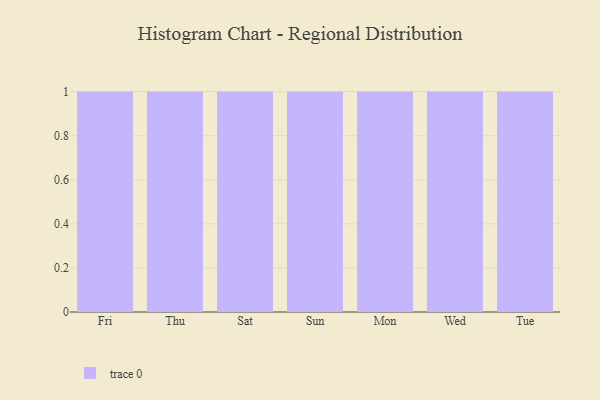
{"axis": {"x": "Day", "y": "Revenue (USD Million)"}, "legend": [""], "data": [{"x": "Fri", "y": 20, "type": ""}, {"x": "Thu", "y": 29, "type": ""}, {"x": "Sat", "y": 23, "type": ""}, {"x": "Sun", "y": 96, "type": ""}, {"x": "Mon", "y": 10, "type": ""}, {"x": "Wed", "y": 53, "type": ""}, {"x": "Tue", "y": 33, "type": ""}]}